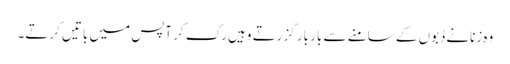
وہ زنانے ڈبوں کے سامنے سے بار بار گزرتے وہیں رک کر آپس میں باتیں کرتے۔